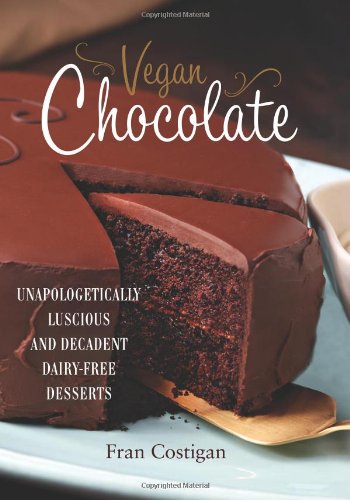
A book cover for Vegan Chocolate: Unapologetically Luscious and Decadent Dairy-Free Desserts; Fran Costigan; Cookbooks, Food & Wine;